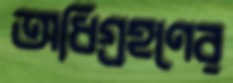
অধিগ্রহণের